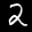
Label: 2